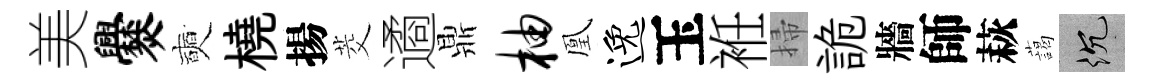
美爨奭橈揚茭遹鼎柚凰逸玉袵掃詭牆師萩藹沉